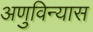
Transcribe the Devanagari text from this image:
अणुविन्यास